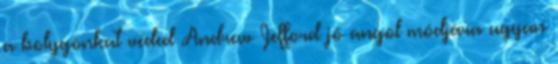
a bolygónkat véded Andrew Jefford jó angol módjára ugyan